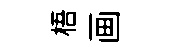
梧画